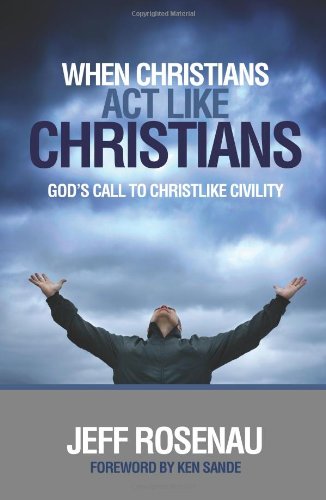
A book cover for When Christians Act Like Christians; Jeffery (Jeff) Lee Rosenau; Law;